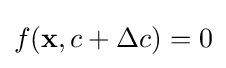
f({\mathbf {x} },c+\Delta c)=0